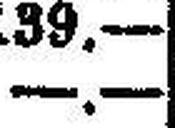
—.—